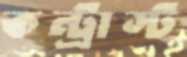
কন্ট্রাস্ট